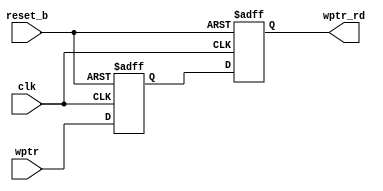
// to synchronize from fast clock domain to slow clock domain (write -> read)
module sync_w2r 
	#( 
	parameter ADDR = 5
	)
	(
	input wire clk, reset_b,
	input wire [ADDR:0] wptr,
	output reg [ADDR:0] wptr_rd
	);
	
	reg [ADDR:0] q;
	always @(posedge clk or negedge reset_b)
		begin
			if(~reset_b)
				begin
					q <= 'd0;
					wptr_rd <= 'd0;
				end
			else
				begin
					q <= wptr;
					wptr_rd <= q;
				end
		end
	
endmodule

// to synchronize from slow clock domain to fast clock domain (read -> write)
module sync_r2w
	#(
	parameter ADDR = 5
	)
	(
	input wire clk, reset_b,
	input wire [ADDR:0] rptr,
	output reg [ADDR:0]	rptr_wr
	); 
	
	reg [ADDR:0] q;
	always @(posedge clk or negedge reset_b)
		begin
			if(~reset_b)
				begin
					q <= 'd0;
					rptr_wr <= 'd0;
				end
			else
				begin
					q <= rptr;
					rptr_wr <= q;
				end
		end
endmodule